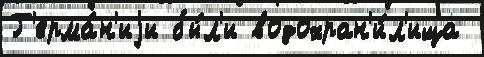
Г'ерма́н'иjи бы́л'и водохран'и́л'ища